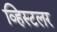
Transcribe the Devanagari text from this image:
व्हिस्टलर